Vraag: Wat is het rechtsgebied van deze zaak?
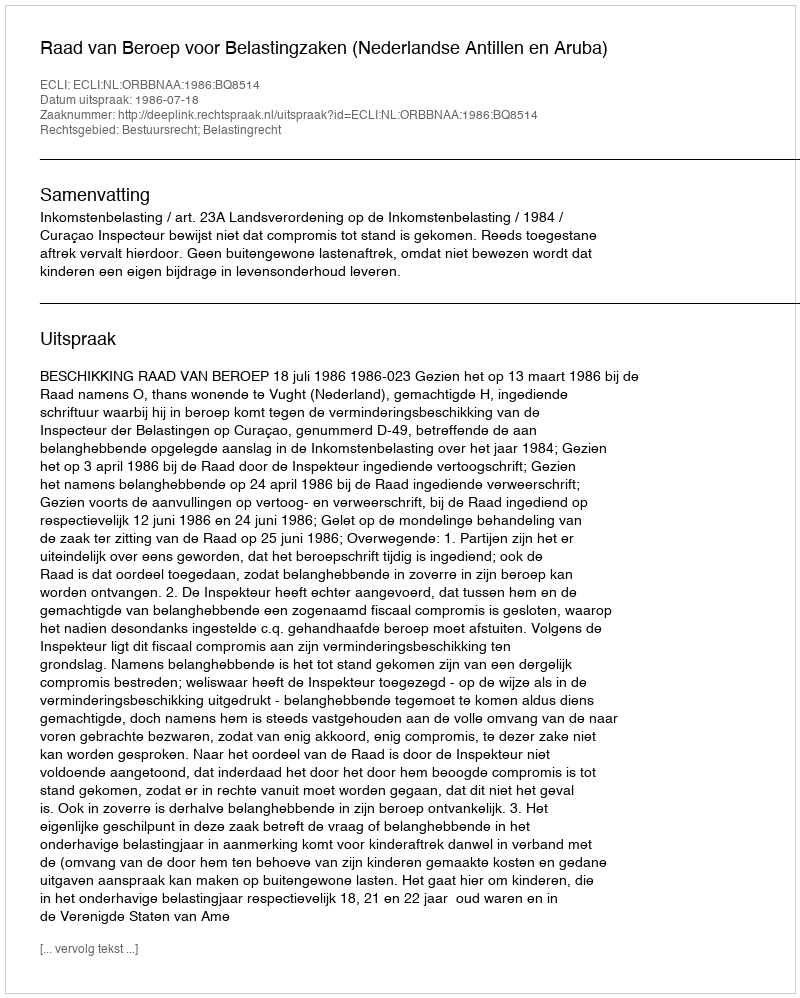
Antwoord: Bestuursrecht; Belastingrecht